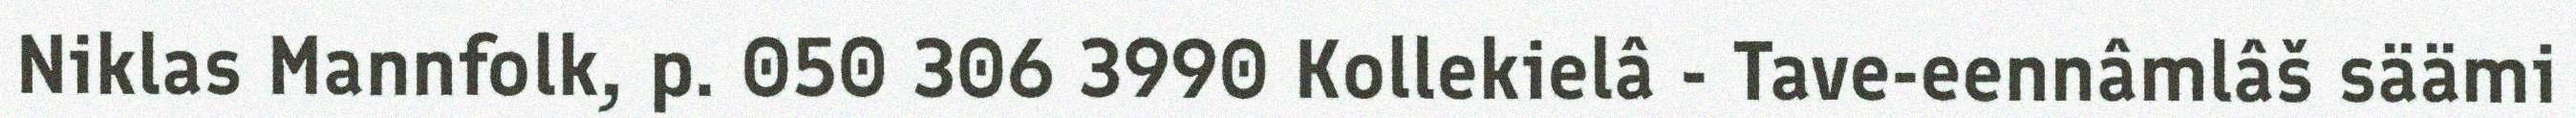
Niklas Mannfolk, p. 050 306 3990 Kollekielâ - Tave-eennâmlâš säämi